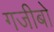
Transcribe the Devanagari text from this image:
गजीबो